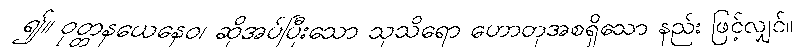
၍။ ဝုတ္တနယေနေဝ၊ ဆိုအပ်ပြီးသော သုသိရော ဟောတုအစရှိသော နည်း ဖြင့်လျှင်။